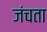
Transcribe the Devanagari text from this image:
जंचता